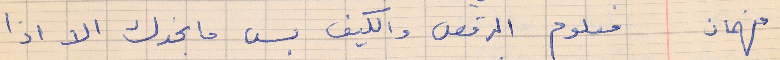
فهمان      معلوم الرقص والكيف بس ما بخدك الا اذا